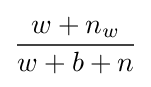
{\frac {w+n_{w}}{w+b+n}}